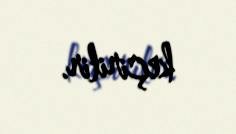
keçirilir.